Indian journal of veterinary science and animal husbandry - Volume 13,
Year: 1943
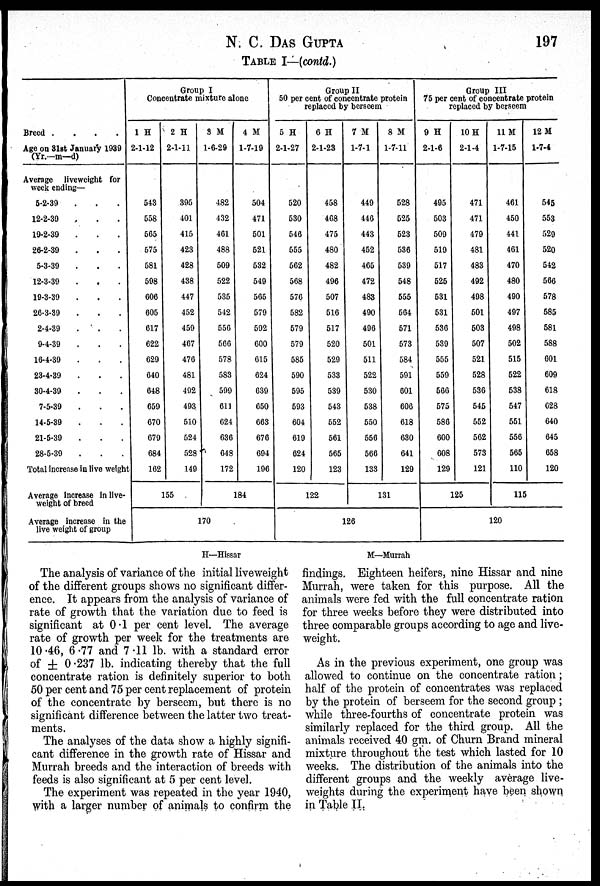
N. C. DAS GUPTA 197
TABLE I—(contd.)
Breed .
.
.
.
Age on 31st January 1939
(Yr.—m—d)
Average
liveweight for
week ending—
5-2-39 . . .
12-2-39 . . .
19-2-39 . . .
26-2-39 . . .
5-3-39 . . .
12-3-39 . . .
19-3-39 . . .
20-3-39 . . .
2-4-39 . . .
9-4-39 . . .
16-4-39 . . .
23-4-39 . . .
30-4-39 . . .
7-5-39 . . .
14-5-39 . . .
21-5-39 . . .
28-5-39 . . .
Total increase in live weigh
Average increase in live-
weight of breed
Average increase in the
live weight of group
Group I
Concentrate mixture alone
1 H
2-1-12
543
558
565
575
581
598
606
605
617
622
629
640
648
659
670
679
684
162
2 H
2-1-11
395
401
415
423
428
438
447
452
459
467
476
481
492
493
510
524
528
149
155
3 M
1-6-29
482
432
461
488
509
522
535
542
556
566
578
583
599
611
624
636
648
172
4 M
1-7-19
504
471
501
521
532
549
565
579
592
600
615
624
639
650
663
676
694
196
184
170
Group II
50 per cent of concentrate protein
replaced by berseem
5 H
2-1-27
520
530
546
555
562
568
576
582
579
579
585
590
595
593
604
619
624
120
6 H
2-1-23
458
468
475
480
482
496
507
516
517
520
529
533
539
543
552
561
565
123
122
7 M
1-7-1
449
446
443
452
465
472
483
490
496
501
511
522
530
538
550
556
566
133
8 M
1-7-11
528
525
523
536
539
548
555
564
571
573
584
591
601
606
618
630
641
129
131
126
Group III
75 per cent of concentrate protein
replaced by berseem
9 H
2-1-6
495
503
509
519
517
525
531
531
536
539
555
559
566
575
586
600
608
129
10 H
2-1-4
471
471
479
481
483
492
498
501
503
507
521
528
536
545
552
562
573
121
125
11 M
1-7-15
461
450
441
461
470
480
490
497
498
502
515
522
538
547
551
556
565
110
12 M
1-7-4
545
553
529
520
542
566
578
585
581
588
601
609
618
628
640
645
658
120
115
120
H—Hissar
M—Murrah
The analysis of variance of the initial liveweight
of the different groups shows no significant differ-
ence. It appears from the analysis of variance of
rate of growth that the variation due to feed is
significant at 0.1 per cent level. The average
rate of growth per week for the treatments are
10.46, 6.77 and 7.11 lb. with a standard error
of ± 0.237 lb. indicating thereby that the full
concentrate ration is definitely superior to both
50 per cent and 75 per cent replacement of protein
of the concentrate by berseem, but there is no
significant difference between the latter two treat-
ments.
The analyses of the data show a highly signifi-
cant difference in the growth rate of Hissar and
Murrah breeds and the interaction of breeds with
feeds is also significant at 5 per cent level.
The experiment was repeated in the year 1940,
with a larger number of animals to confirm the
findings. Eighteen heifers, nine Hissar and nine
Murrah, were taken for this purpose. All the
animals were fed with the full concentrate ration
for three weeks before they were distributed into
three comparable groups according to age and live-
weight.
As in the previous experiment, one group was
allowed to continue on the concentrate ration;
half of the protein of concentrates was replaced
by the protein of berseem for the second group;
while three-fourths of concentrate protein was
similarly replaced for the third group. All the
animals received 40 gm. of Churn Brand mineral
mixture throughout the test which lasted for 10
weeks. The distribution of the animals into the
different groups and the weekly average live-
weights during the experiment have been shown
in Table II.